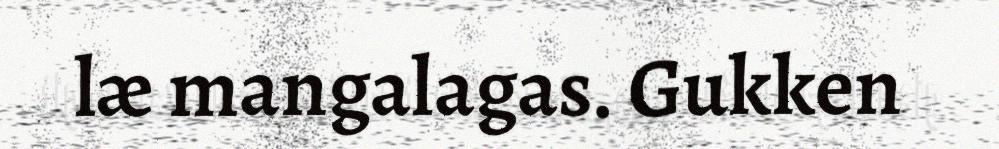
læ mangalagas. Gukken